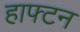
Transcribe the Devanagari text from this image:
हाफ्टन